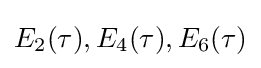
E_{2}(\tau ),E_{4}(\tau ),E_{6}(\tau )